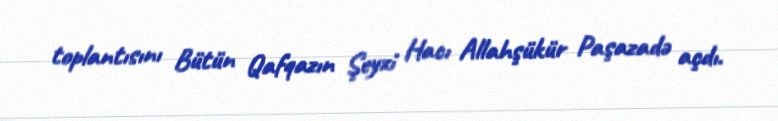
toplantısını Bütün Qafqazın Şeyxi Hacı Allahşükür Paşazadə açdı.